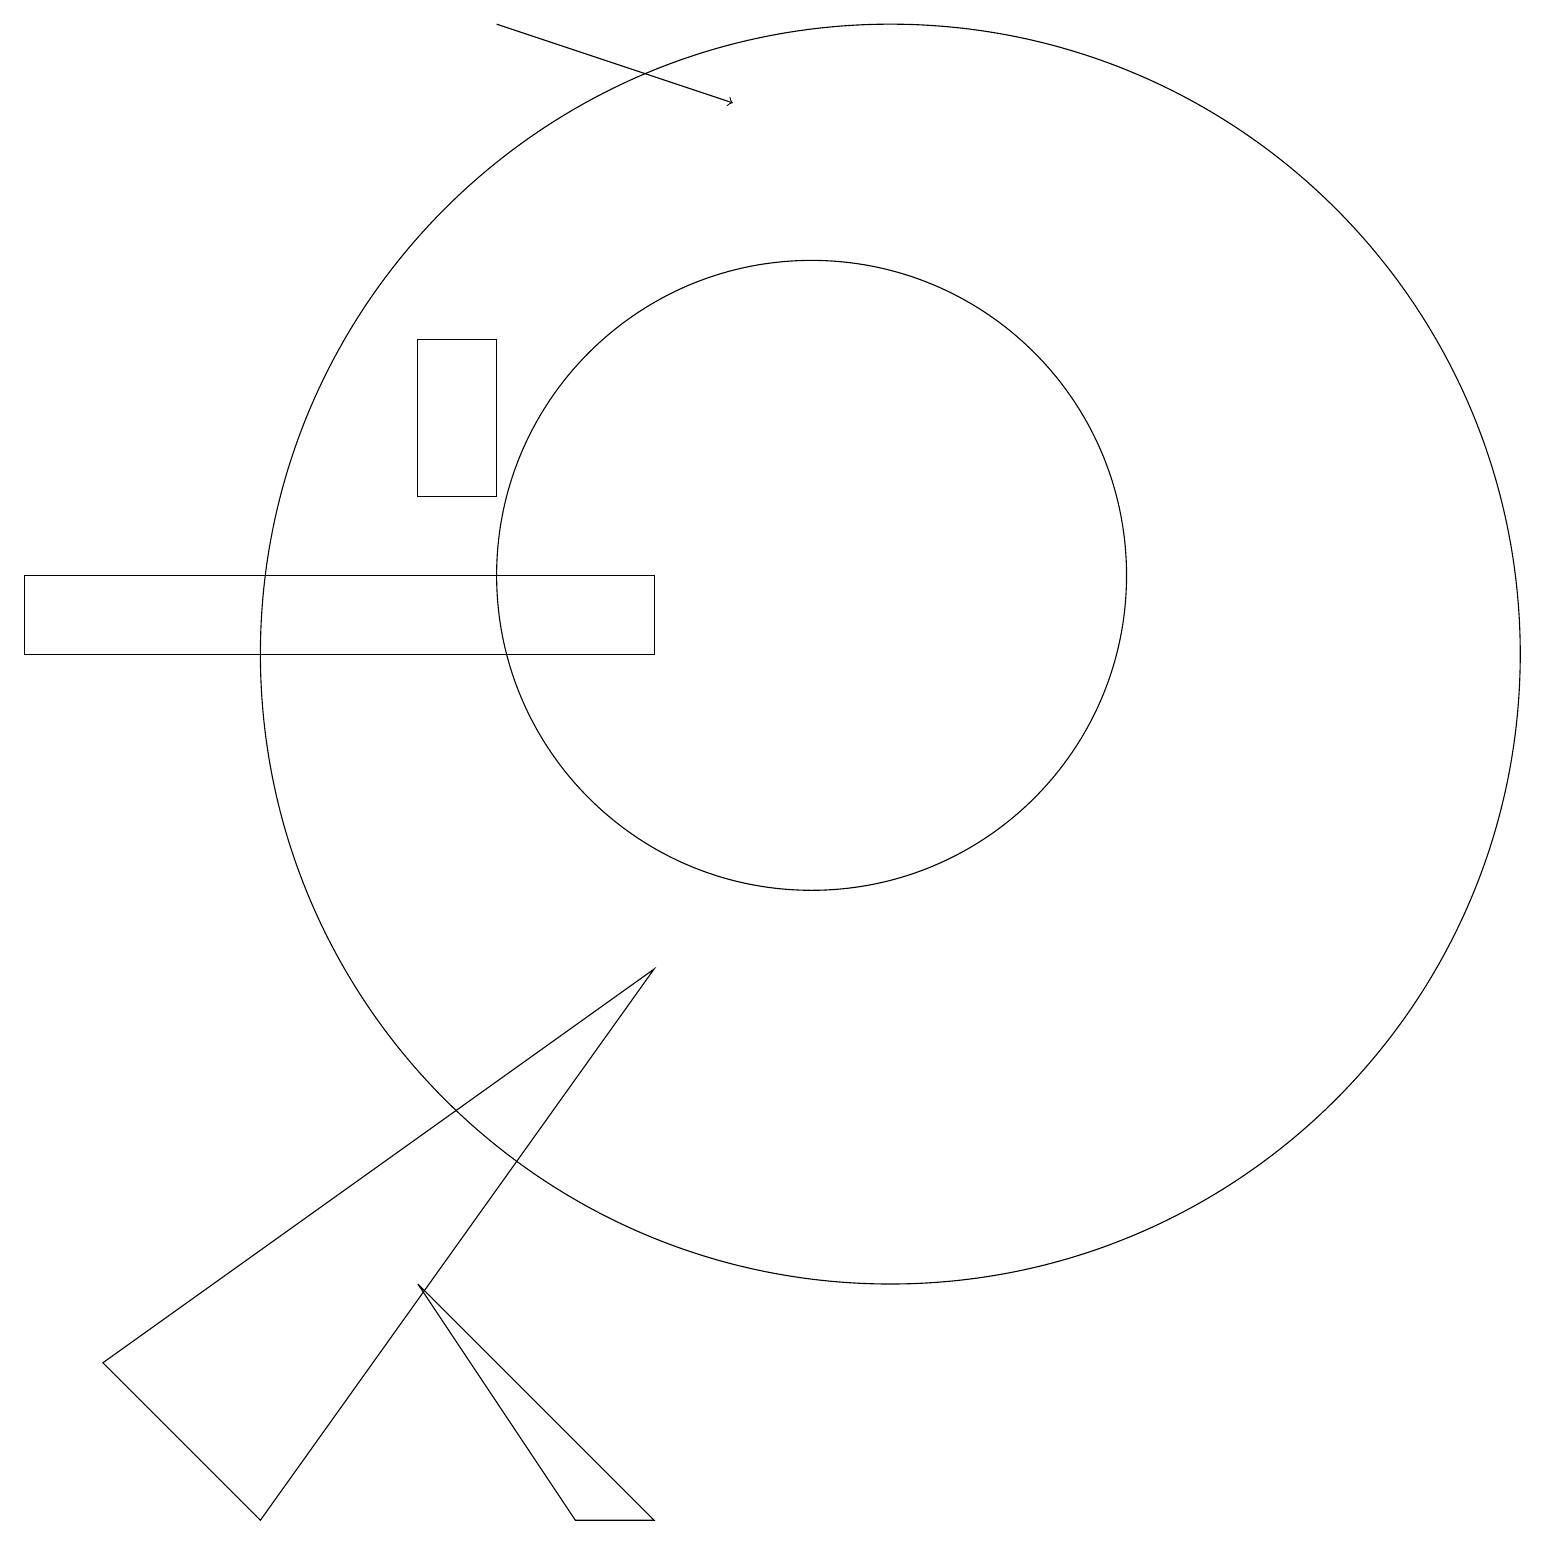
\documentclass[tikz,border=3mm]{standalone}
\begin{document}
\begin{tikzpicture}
\draw (10,12) circle (4);
\draw (11,11) circle (8);
\draw (8,7) -- (3,0) -- (1,2) -- cycle;
\draw (8,0) -- (5,3) -- (7,0) -- cycle;
\draw (6,15) rectangle (5,13);
\draw (12,10) circle (0);
\draw (0,11) rectangle (8,12);
\draw[->] (6,19) -- (9,18);
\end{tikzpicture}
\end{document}